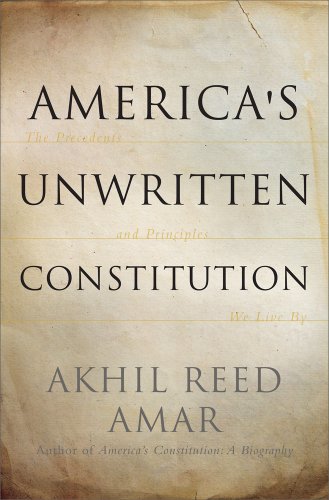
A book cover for America's Unwritten Constitution: The Precedents and Principles We Live By; Akhil Reed Amar; Law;